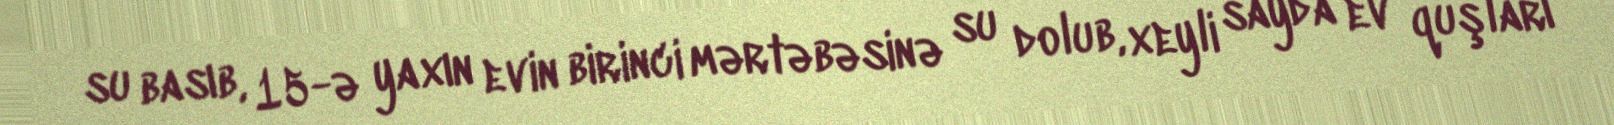
su basıb, 15-ə yaxın evin birinci mərtəbəsinə su dolub, xeyli sayda ev quşları